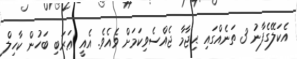
އެކަލޭގެފާނު 3 ތަނެއްގައި ޙިޖާމާ ޖެއްސެވިކަމަށް ވެއެވެ. އެއީ ޢަރަބި ބަހުން ކާހިލް